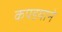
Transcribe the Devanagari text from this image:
कपडयाने